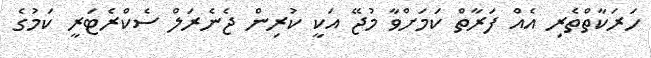
ހަރަކާތްތެރި އެއް ފަރާތް ކަމަށްވާ މުޖޭ އަކީ ކުރިން ޖެނެރަލް ސެކްރެޓަރީ ކަމުގެ